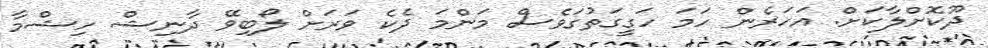
ދޫކޮށްލާކަށް. އަހަރެން ހަމަ ހަގީގަތުގަވެސް މަންމަ ދެކެ ވަރަށް ލޯބިވޭ ދާނިޝް ހިޝްމާ